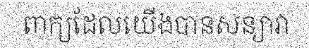
ពាក្យដែលយើងបានសន្យាវា